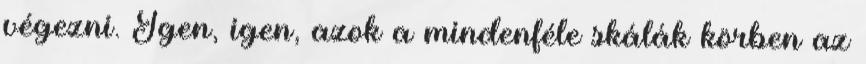
végezni. Igen, igen, azok a mindenféle skálák körben az